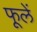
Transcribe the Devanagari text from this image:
फूलें